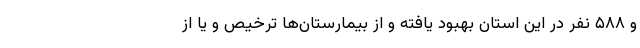
و ۵۸۸ نفر در این استان بهبود یافته و از بیمارستان‌ها ترخیص و یا از